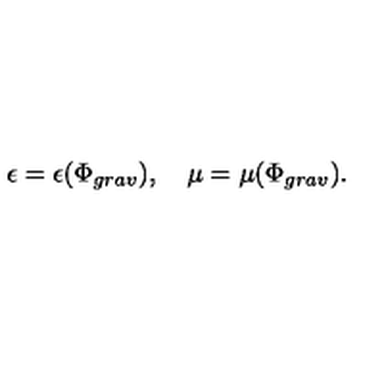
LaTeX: \epsilon = \epsilon ( \Phi _ { g r a v } ) , \quad \mu = \mu ( \Phi _ { g r a v } ) .